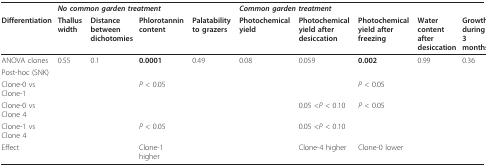
<table><thead><tr><td></td><td colspan="4"><b><i>No common garden treatment</i></b></td><td colspan="5"><b><i>Common garden treatment</i></b></td></tr><tr><td><b>Differentiation</b></td><td><b>Thallus width</b></td><td><b>Distance between dichotomies</b></td><td><b>Phlorotannin content</b></td><td><b>Palatability to grazers</b></td><td><b>Photochemical yield</b></td><td><b>Photochemical yield after desiccation</b></td><td><b>Photochemical yield after freezing</b></td><td><b>Water content after desiccation</b></td><td><b>Growth during 3 months</b></td></tr></thead><tbody><tr><td>ANOVA clones</td><td>0.55</td><td>0.1</td><td><b>0.0001</b></td><td>0.49</td><td>0.08</td><td>0.059</td><td><b>0.002</b></td><td>0.99</td><td>0.36</td></tr><tr><td>Post-hoc (SNK)</td><td></td><td></td><td></td><td></td><td></td><td></td><td></td><td></td><td></td></tr><tr><td>Clone-0 vs Clone-1</td><td></td><td></td><td><i>P </i>&lt; 0.05</td><td></td><td></td><td></td><td><i>P </i>&lt; 0.05</td><td></td><td></td></tr><tr><td>Clone-0 vs Clone 4</td><td></td><td></td><td></td><td></td><td></td><td>0.05 &lt;<i>P </i>&lt; 0.10</td><td><i>P </i>&lt; 0.05</td><td></td><td></td></tr><tr><td>Clone-1 vs Clone 4</td><td></td><td></td><td><i>P </i>&lt; 0.05</td><td></td><td></td><td>0.05 &lt;<i>P </i>&lt; 0.10</td><td></td><td></td><td></td></tr><tr><td>Effect</td><td></td><td></td><td>Clone-1 higher</td><td></td><td></td><td>Clone-4 higher</td><td>Clone-0 lower</td><td></td><td></td></tr></tbody></table>